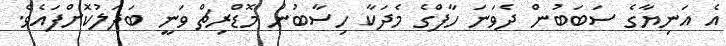
އެ އަނިޔާގެ ސަބަބުން ދެވަނަ ހާފްގެ މެދަކާ ހިސާބުން މޮޑްރިޗް ވަނީ ބަދަލުކޮށްފައެވެ.